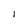
Character: I